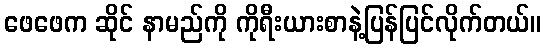
ဖေဖေက ဆိုင် နာမည်ကို ကိုရီးယားစာနဲ့ပြန်ပြင်လိုက်တယ်။